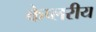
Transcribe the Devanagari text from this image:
केप्लरीय